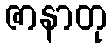
ဇာနာတု